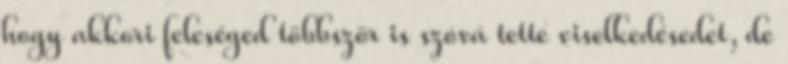
hogy akkori feleséged többször is szóvá tette viselkedésedet, de